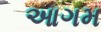
આગમ